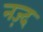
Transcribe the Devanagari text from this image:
नज़्द